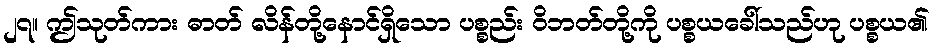
၂၇။ ဤသုတ်ကား ဓာတ် လိန်တို့နောင်ရှိသော ပစ္စည်း ဝိဘတ်တို့ကို ပစ္စယခေါ်သည်ဟု ပစ္စယ၏